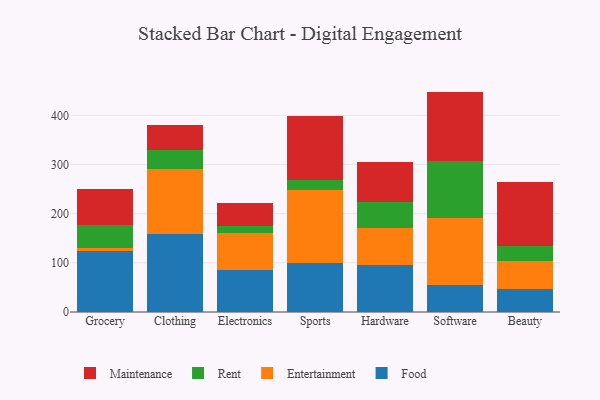
{"axis": {"x": "Category", "y": "Satisfaction Score"}, "legend": ["Entertainment", "Food", "Maintenance", "Rent"], "data": [{"x": "Grocery", "y": 123.2, "type": "Food"}, {"x": "Grocery", "y": 6.8, "type": "Entertainment"}, {"x": "Grocery", "y": 46.2, "type": "Rent"}, {"x": "Grocery", "y": 73.5, "type": "Maintenance"}, {"x": "Clothing", "y": 158.3, "type": "Food"}, {"x": "Clothing", "y": 133.5, "type": "Entertainment"}, {"x": "Clothing", "y": 38.5, "type": "Rent"}, {"x": "Clothing", "y": 50.4, "type": "Maintenance"}, {"x": "Electronics", "y": 86.3, "type": "Food"}, {"x": "Electronics", "y": 74.3, "type": "Entertainment"}, {"x": "Electronics", "y": 13.5, "type": "Rent"}, {"x": "Electronics", "y": 47.1, "type": "Maintenance"}, {"x": "Sports", "y": 99.9, "type": "Food"}, {"x": "Sports", "y": 148.9, "type": "Entertainment"}, {"x": "Sports", "y": 19.8, "type": "Rent"}, {"x": "Sports", "y": 129.6, "type": "Maintenance"}, {"x": "Hardware", "y": 94.7, "type": "Food"}, {"x": "Hardware", "y": 75.5, "type": "Entertainment"}, {"x": "Hardware", "y": 53.4, "type": "Rent"}, {"x": "Hardware", "y": 81.1, "type": "Maintenance"}, {"x": "Software", "y": 55.3, "type": "Food"}, {"x": "Software", "y": 135.8, "type": "Entertainment"}, {"x": "Software", "y": 115.0, "type": "Rent"}, {"x": "Software", "y": 142.1, "type": "Maintenance"}, {"x": "Beauty", "y": 46.0, "type": "Food"}, {"x": "Beauty", "y": 58.5, "type": "Entertainment"}, {"x": "Beauty", "y": 29.0, "type": "Rent"}, {"x": "Beauty", "y": 131.3, "type": "Maintenance"}]}